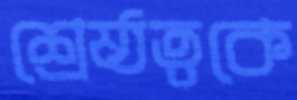
শ্রেষ্ঠত্বকে